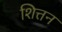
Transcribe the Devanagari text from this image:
शित्तन